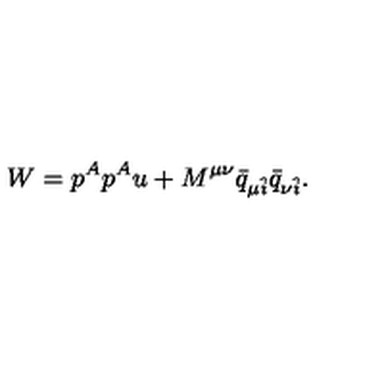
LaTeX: W = p ^ { A } p ^ { A } u + M ^ { \mu \nu } \bar { q } _ { \mu \hat { i } } \bar { q } _ { \nu \hat { i } } .